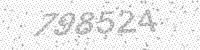
Solution: 798524